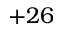
+ 2 6